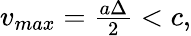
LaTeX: \begin{array}{r}{v_{max}=\frac{a\Delta}{2}<c,}\end{array}